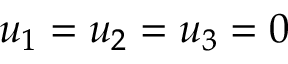
u _ { 1 } = u _ { 2 } = u _ { 3 } = 0